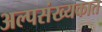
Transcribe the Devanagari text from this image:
अल्पसंख्यकात